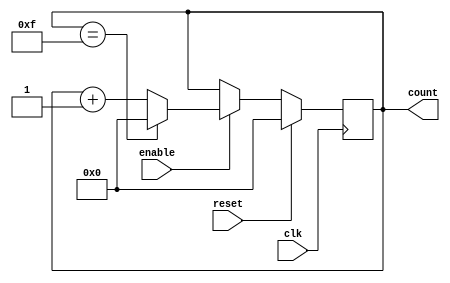
module binary_up_counter (
    input wire clk,
    input wire reset,
    input wire enable,
    output reg [N-1:0] count
);

parameter N = 4; // Change this to desired counter width

always @(posedge clk) begin
    if (reset) begin
        count <= 0;
    end else if (enable) begin
        if (count == (2**N)-1) begin
            count <= 0;
        end else begin
            count <= count + 1;
        end
    end
end

endmodule